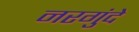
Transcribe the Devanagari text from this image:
नरगुंदे